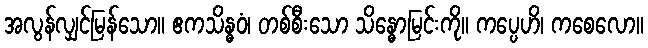
အလွန်လျှင်မြန်သော။ ဧကသိန္ဓဝံ၊ တစ်စီးသော သိန္ဓောမြင်းကို။ ကပ္ပေဟိ၊ ကစေလော။